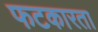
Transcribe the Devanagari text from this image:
फटकारता